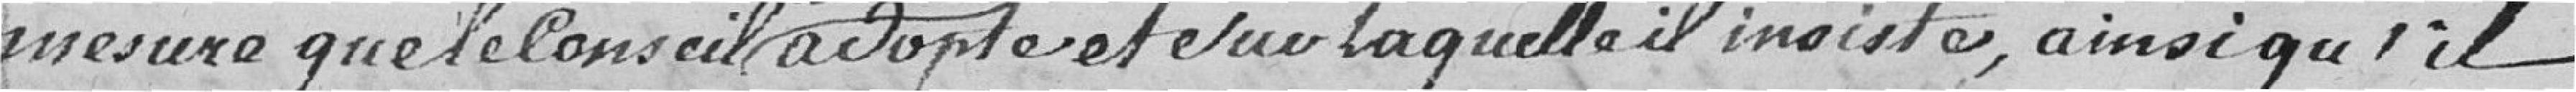
mesure que le conseil actuel adopte et sur laquelle il insiste, ainsi qu'il